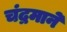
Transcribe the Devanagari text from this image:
चंद्रमाने